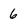
Character: 6